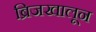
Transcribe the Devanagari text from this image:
ब्रिजखालून